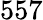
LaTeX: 557